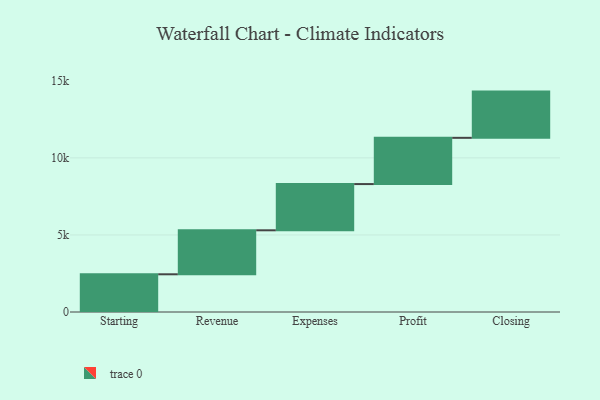
{"axis": {"x": "Step", "y": "Value"}, "legend": [""], "data": [{"x": "Starting", "y": 2447.0, "type": ""}, {"x": "Revenue", "y": 2854.0, "type": ""}, {"x": "Expenses", "y": 3000, "type": ""}, {"x": "Profit", "y": 3000, "type": ""}, {"x": "Closing", "y": 3000, "type": ""}]}